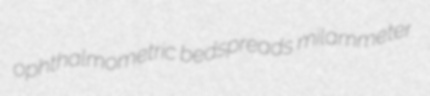
ophthalmometric bedspreads milammeter